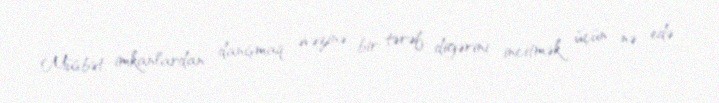
Müsbət imkanlardan danışmaq əvəzinə, bir tərəf digərini incitmək üçün nə edə